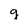
Character: g